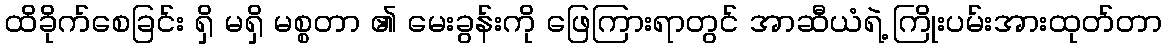
ထိခိုက်စေခြင်း ရှိ မရှိ မစ္စတာ ၏ မေးခွန်းကို ဖြေကြားရာတွင် အာဆီယံရဲ့ ကြိုးပမ်းအားထုတ်တာ